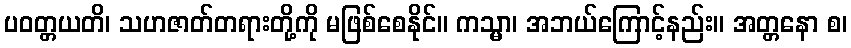
ပဝတ္တယတိ၊ သဟဇာတ်တရားတို့ကို မဖြစ်စေနိုင်။ ကသ္မာ၊ အဘယ်ကြောင့်နည်း။ အတ္တနော စ၊